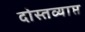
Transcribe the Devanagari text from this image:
दोस्तव्याप्त